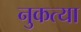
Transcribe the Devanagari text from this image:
नुकत्या